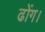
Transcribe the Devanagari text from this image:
ढोंग।